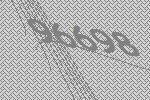
96698